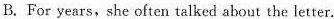
B. For years,she often talked about the letter.